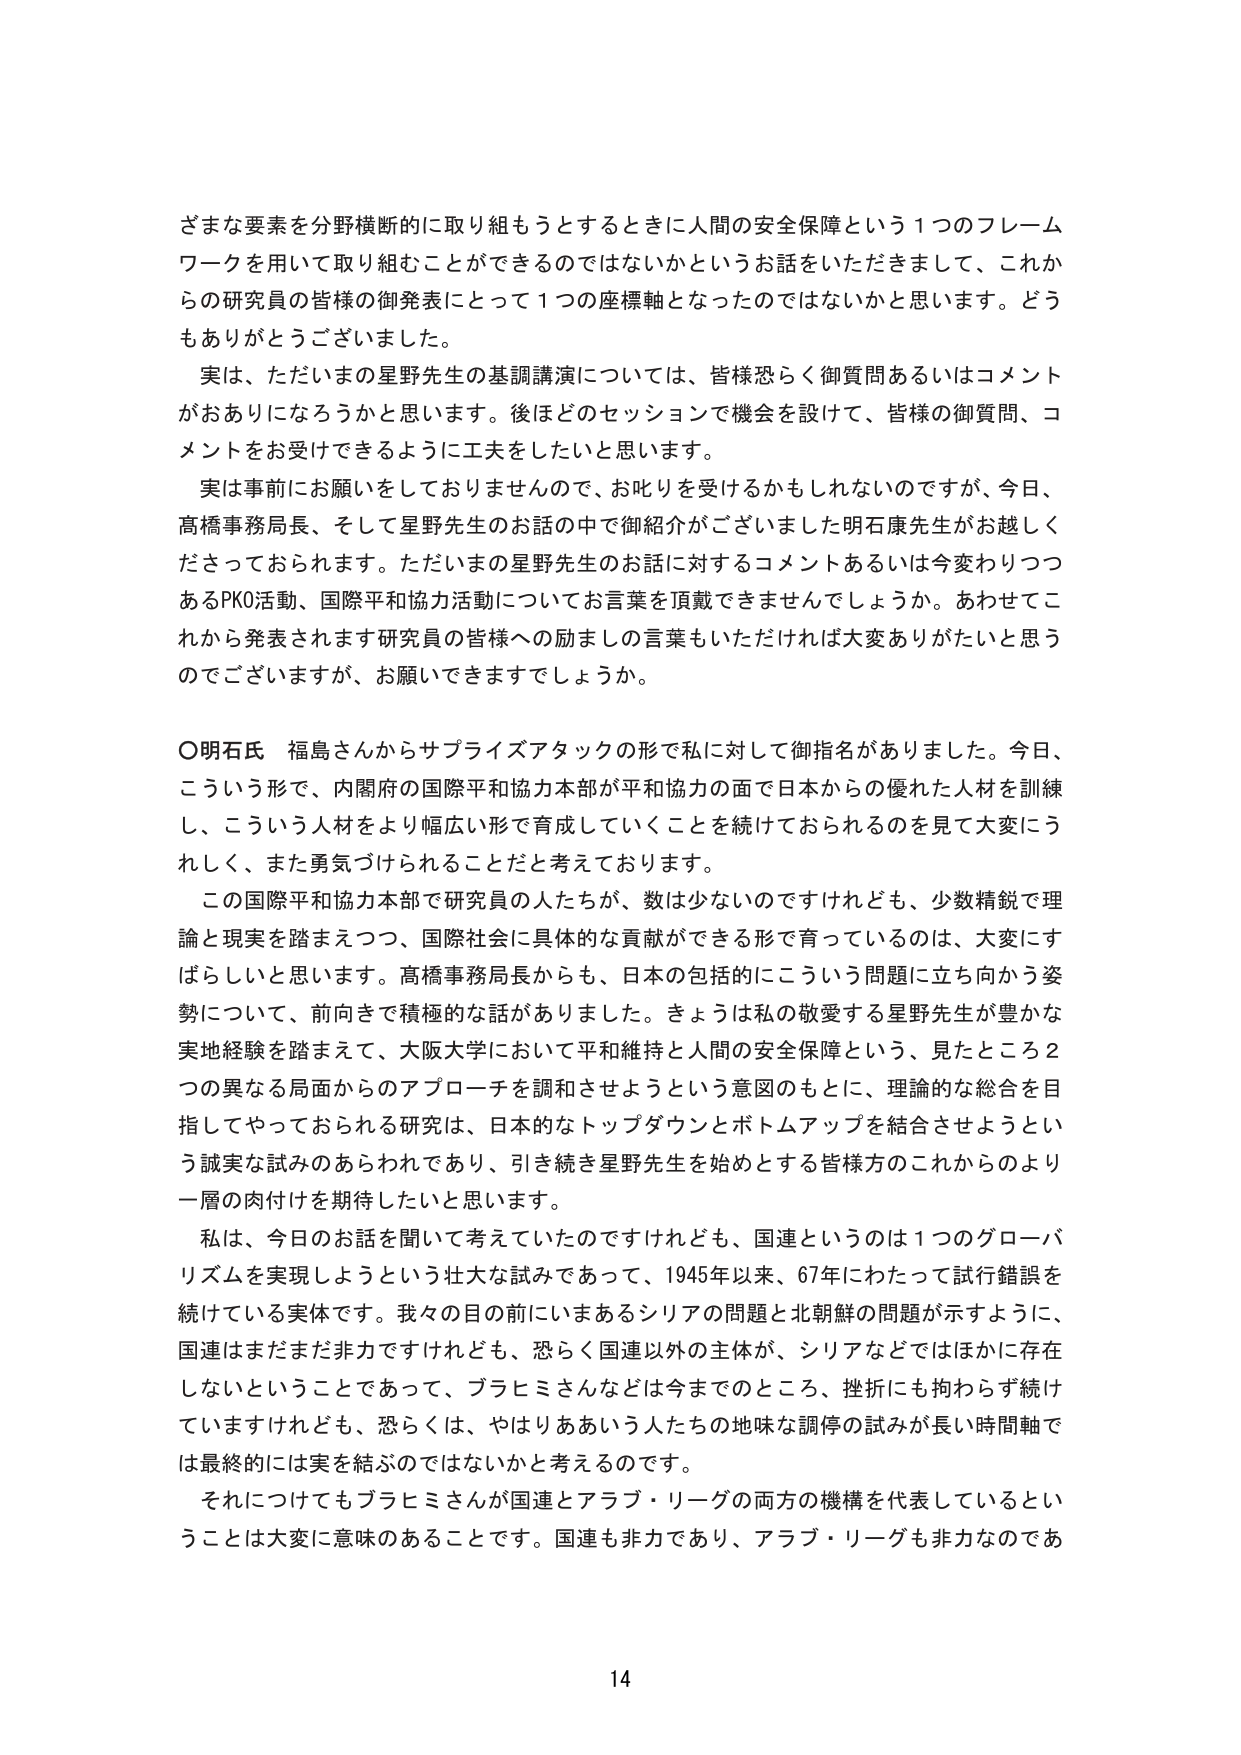
ざまな要素を分野横断的に取り組もうとするときに人間の安全保障という1つのフレームワークを用いて取り組むことができるのではないかというお話をしていただきまして、これからの研究員の皆様の御発表にとって1つの座標軸となったのではないかと思います。どうもありがとうございました。

実は、ただいまの星野先生の基調講演については、皆様恐らく御質問あるいはコメントがおありになろうかと思います。後ほどどのセッションで機会を設けて、皆様の御質問、コメントをお受けできるように工夫をしたいと思います。

実は事前にお願いをしておりませんので、お叱りを受けるかもしれないのですが、今日、高橋事務局長、そして星野先生のお話の中で御紹介がございました明石康先生がお越しくださっておられます。ただいまの星野先生のお話に対するコメントあるいは今変わりつつあるPKO活動、国際平和協力活動についてお言葉を頂戴できませんでしょうか。あわせてこれから発表されます研究員の皆様への励ましの言葉もいただければ大変ありがたいと思うのでございますが、お願いできますでしょうか。

〇明石氏 福島さんからサプライズアタックの形で私に対して御指名がありました。今日、こういう形で、内閣府の国際平和協力本部が平和協力の面で日本からの優れた人材を訓練し、こういう人材をより幅広い形で育成していくことを続けておられるのを見て大変にうれしく、また勇気づけられることだと考えております。

この国際平和協力本部で研究員の人たちが、数は少ないのですけれども、少数精鋭で理論と現実を踏まえつつ、国際社会に具体的な貢献ができる形で育っているのは、大変にすばらしいと思います。高橋事務局長からも、日本の包括的にこういう問題に立ち向かう姿勢について、前向きで積極的な話がありました。きょうは私の敬愛する星野先生が豊かな実地経験を踏まえて、大阪大学において平和維持と人間の安全保障という、見たところ2つの異なる局面からのアプローチを調和させようという意図のもとに、理論的な総合を目指してやっておられる研究は、日本的なトップダウンとボトムアップを結合させようという誠実な試みのあらわれであり、引き続き星野先生を始めとする皆様方のこれからのより一層の肉付けを期待したいと思います。

私は、今日のお話を聞いて考えていたのですけれども、国連というのは1つのグローバリズムを実現しようという壮大な試みであって、1945年以来、67年にわたって試行錯誤を続けている実体です。我々の目の前にいまあるシリアの問題と北朝鮮の問題が示すように、国連はまだまだ非力ですけれども、恐らく国連以外の主体が、シリアなどではほかに存在しないということであって、ブラヒミさんなどは今までのところ、挫折にも拘わらず続けていますけれども、恐らくは、やはりああいう人たちの地味な調停の試みが長い時間軸では最終的には実を結ぶのではないかと考えるのです。

それにつけてもブラヒミさんが国連とアラブ・リーグの両方の機構を代表しているということは大変に意味のあることです。国連も非力であり、アラブ・リーグも非力なのであ

14